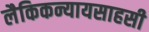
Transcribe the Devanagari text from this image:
लैकिकन्यायसाहसी